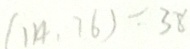
( 1 1 4 , 7 6 ) = 3 8